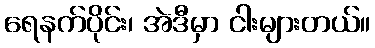
ရေနက်ပိုင်း၊ အဲဒီမှာ ငါးများတယ်။